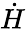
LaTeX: \dot{H}